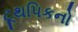
ટૂથપિકનો